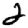
Digit: 2